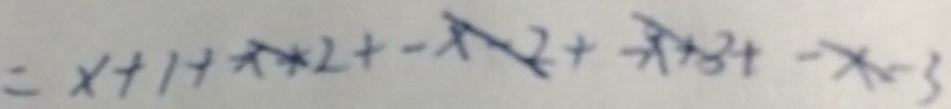
= x + 1 + x + 2 + - 2 + - x + 3 + - x - 3